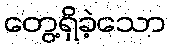
တွေ့ရှိခဲ့သော